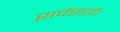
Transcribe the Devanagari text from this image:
सर्वसत्वै।